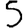
Digit: 5